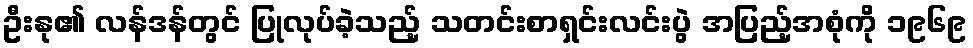
ဦးနု၏ လန်ဒန်တွင် ပြုလုပ်ခဲ့သည့် သတင်းစာရှင်းလင်းပွဲ အပြည့်အစုံကို ၁၉၆၉